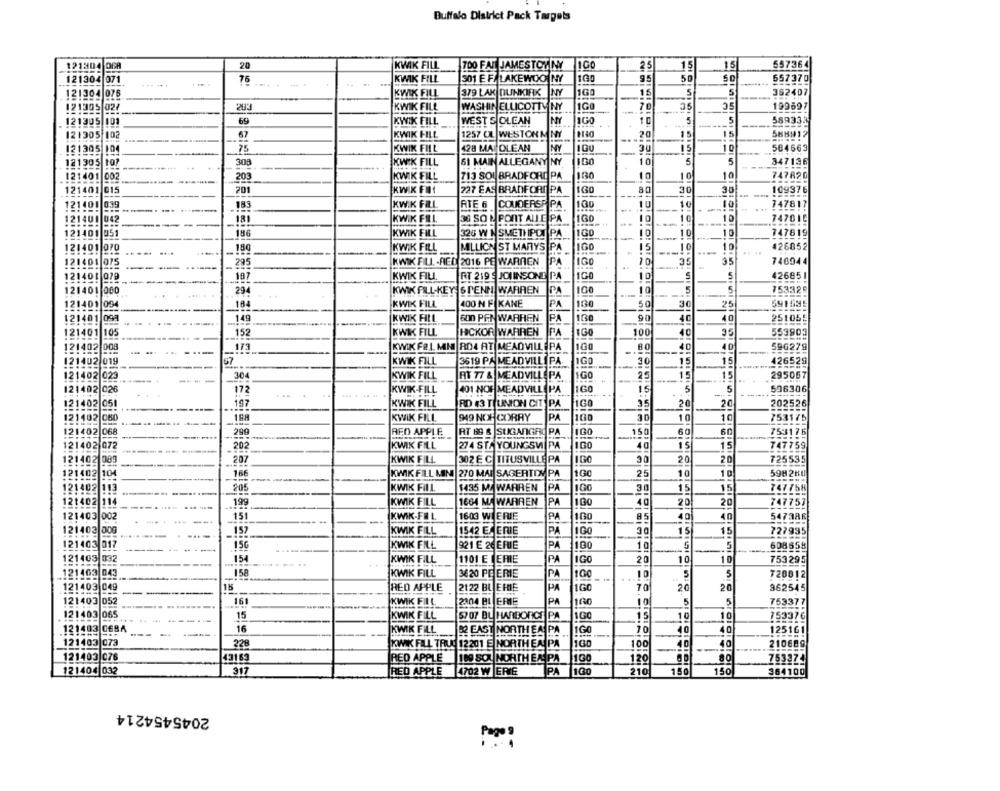
Buffalo District Pack Targets
20
25
557364
121304 068
KWIK FILL
700 FAT JAMESTOWNY
15
15
121304 071
KWIK FILL
301 E F/ LAKEWOO NY
160
95
50
552370
. ...
76
... . -.
121304 076
KWIK FILL
379 LAK DUNKIRK
NY
1GO
15
5
S
--
362407
121305 02/
203
KWIK FILL
WASHINELLICOTT NY
10
35
35
199697
5
5
121305 101
69
KWIK FILL
WEST S OLEAN
---
589334
121305 102
KWIK FILL
1257 OL WESTON M NY
15
15
5HHH12
121305 104
KWIK FILL
428 MAJDLEAN
NY
IGU
10
564663
121305 107
-----...
303
KWIK FILL
61 MAIN ALLEGANY NY
100
10
5
347136
130
10
10
747820
121401
203
KWIK FILL
713 SOL BRADFORD PA
121401
015
201
KWIK FIT
227 EAS BRADFORD PA
160
30
109376
30
121401
183
KWIK FILL
ATE 6
COUDERSPIPA
160
10
747817
121400
042
181
KWIK FEL
36 SO R PORT ALLE PA
160
10
10
10
747015
121401
351
186
KWIK FILL
326 W 1 SMETH POI PA
1GO
0
10
747819
126852
121401 070
....
180
KWIK FILL
MILLICN ST MARYS PA
1GO
10
.....
KWIK FILL -RED 2016 PE WARTEN
100
35
746944
121401 075
-
295
121401 079
187
KWIK FILL.
RT 219 9 JOUINSONE PA
10
S
5
42685 1
121401 000
294
KWIK FILL-KEYES PENN WARREN
PA
10
5
5
753328
121401 094
184
KWIK FILL
400 N F KANE
PA
100
5
3
25
591595
121401 099
149
40
KWIK FILL
600 PEN WARREN
90
40
251055
121401 105
152
KWIK FILL
HCKOR WARREN
IPA
1GO
100
40
553903
95
121402 008
173
RD4 AT MEADVILLEPA
1GO
80
40
40
596279
121402 019
67
KWIK FILL
3619 PA MEADVILLEPA
IGO
30
15
426529
121402 023
304
KWIK FILL
RT 77 & MEADVILLEPA
1GO
25
15
15
295067
121402 026
1GO
15
5
5
596306
172
KWIK-FILL
401 NOF MEADVILLE PA
121402
051
KWIK FILL
1GO
20
202526
197
RD $3 THUNION CIT PA
20
121402 060
KWIK FILL
949 NOX CORRY
PA
100
30
10
10
753175
121402 068
299
RED APPLE
RT 69 & |SUGANGHO PA
150
6
60
753176
is
121402 072
202
KWIK FILL
274 ST. YOUNGSWI PA
1GO
40
15
747759
121402
207
KWIK FILL
302 E C TITUSVILLE PA
IGO
30
20
20
725535
121402
10
16
KWIK FILL MINI 270 MAI SAGERTON PA
100
25
10
10
598 280
121402
113
205
KWIK FILL
1435 MA WARREN
PA
100
30
15
15
747758
121402
114
199
KWIK FILL
1664 MA WARREN
PA
100
40
20
20
747757
151
121403 002
KWIK-FEL
1603 WIERJE
PA
160
85
40
40
547386
121403
100
30
15
15
727995
157
-
KWIK FILL
1542 EM ERIE
PA
121403 017
15G
KWIK FILL
921 E 2C ERIE
PA
100
10
. 5
608658
121403
332
154
KWIK FILL
1101 E L ERIE
PA
IGO
20
10
10
753295
121403 043
158
KWIK FILL
3620 PE ERIE
PA
10
5
5
728812
121403 049
-
RED APPLE
2122 BLEHIE
PA
1GC
70
20
20
362545
121403 052
161
KWIK FILL
2004 BLERIE
PA
160
10
5
753377
121403 065
15
KWIK FILL
57 07 BU HARBORCE PA
1GO
15
10
10
153376
121403 0684
16
KWIK FILL
22 EAST NORTH EA PA
1GO
--
10
40
40
125161
121403 073
228
KWIK FILL TRUC 12201 E NORTH EA PA
16
100
40
-
40
210689
121403 076
43163
RED APPLE
80
199 SO NORTH EX PA 100
120
753ª74
121404 032
317
RED APPLE
4702 W ERIE
PA 100
210
150
150
364100
2045454214
Pages